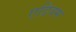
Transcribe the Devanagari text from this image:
एडियम